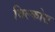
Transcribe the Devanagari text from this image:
विल्कोस